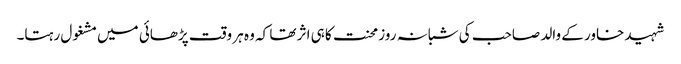
شہید خاور کے والد صاحب کی شبانہ روز محنت کا ہی اثر تھا کہ وہ ہر وقت پڑھائی میں مشغول رہتا۔